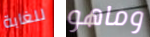
للغابة وماهو